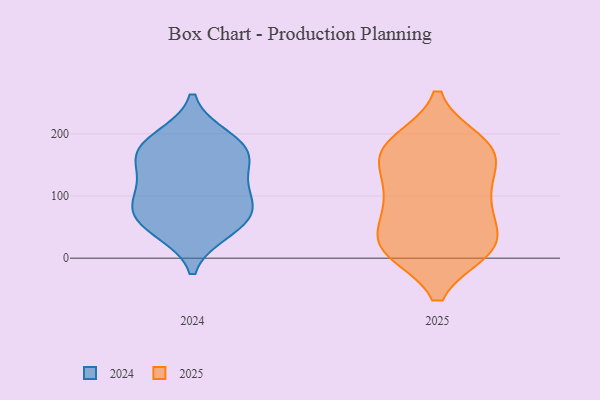
{"axis": {"x": "Tickets Resolved", "y": "Value"}, "legend": ["2024", "2025"], "data": [{"x": "", "y": 55, "type": "2024"}, {"x": "", "y": 162, "type": "2024"}, {"x": "", "y": 98, "type": "2024"}, {"x": "", "y": 108, "type": "2024"}, {"x": "", "y": 45, "type": "2024"}, {"x": "", "y": 80, "type": "2024"}, {"x": "", "y": 175, "type": "2024"}, {"x": "", "y": 141, "type": "2024"}, {"x": "", "y": 177, "type": "2024"}, {"x": "", "y": 66, "type": "2024"}, {"x": "", "y": 193, "type": "2024"}, {"x": "", "y": 147, "type": "2025"}, {"x": "", "y": 82, "type": "2025"}, {"x": "", "y": 186, "type": "2025"}, {"x": "", "y": 21, "type": "2025"}, {"x": "", "y": 27, "type": "2025"}, {"x": "", "y": 21, "type": "2025"}, {"x": "", "y": 74, "type": "2025"}, {"x": "", "y": 135, "type": "2025"}, {"x": "", "y": 177, "type": "2025"}, {"x": "", "y": 182, "type": "2025"}, {"x": "", "y": 15, "type": "2025"}, {"x": "", "y": 174, "type": "2025"}, {"x": "", "y": 96, "type": "2025"}, {"x": "", "y": 97, "type": "2025"}, {"x": "", "y": 14, "type": "2025"}, {"x": "", "y": 169, "type": "2025"}, {"x": "", "y": 14, "type": "2025"}]}